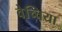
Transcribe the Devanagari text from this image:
वेच्चिया